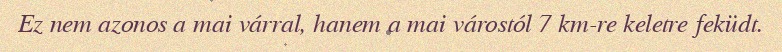
Ez nem azonos a mai várral, hanem a mai várostól 7 km-re keletre feküdt.